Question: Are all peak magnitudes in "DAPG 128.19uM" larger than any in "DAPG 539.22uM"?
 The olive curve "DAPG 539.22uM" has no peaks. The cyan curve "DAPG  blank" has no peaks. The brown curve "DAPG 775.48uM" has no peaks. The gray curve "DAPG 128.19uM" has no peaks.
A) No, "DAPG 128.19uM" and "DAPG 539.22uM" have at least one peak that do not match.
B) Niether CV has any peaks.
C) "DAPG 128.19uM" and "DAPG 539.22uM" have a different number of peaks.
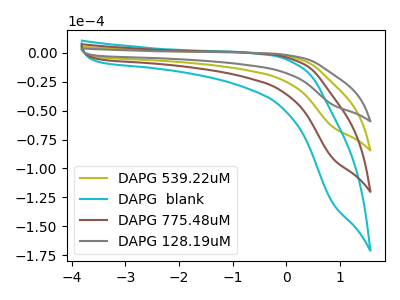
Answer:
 <answer>B) Niether CV has any peaks.</answer>
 <eval>B</eval>